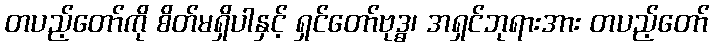
တပည့်တော်ကို စိတ်မရှိပါနှင့် ရှင်တော်ဗုဒ္ဓ၊ အရှင်ဘုရားအား တပည့်တော်